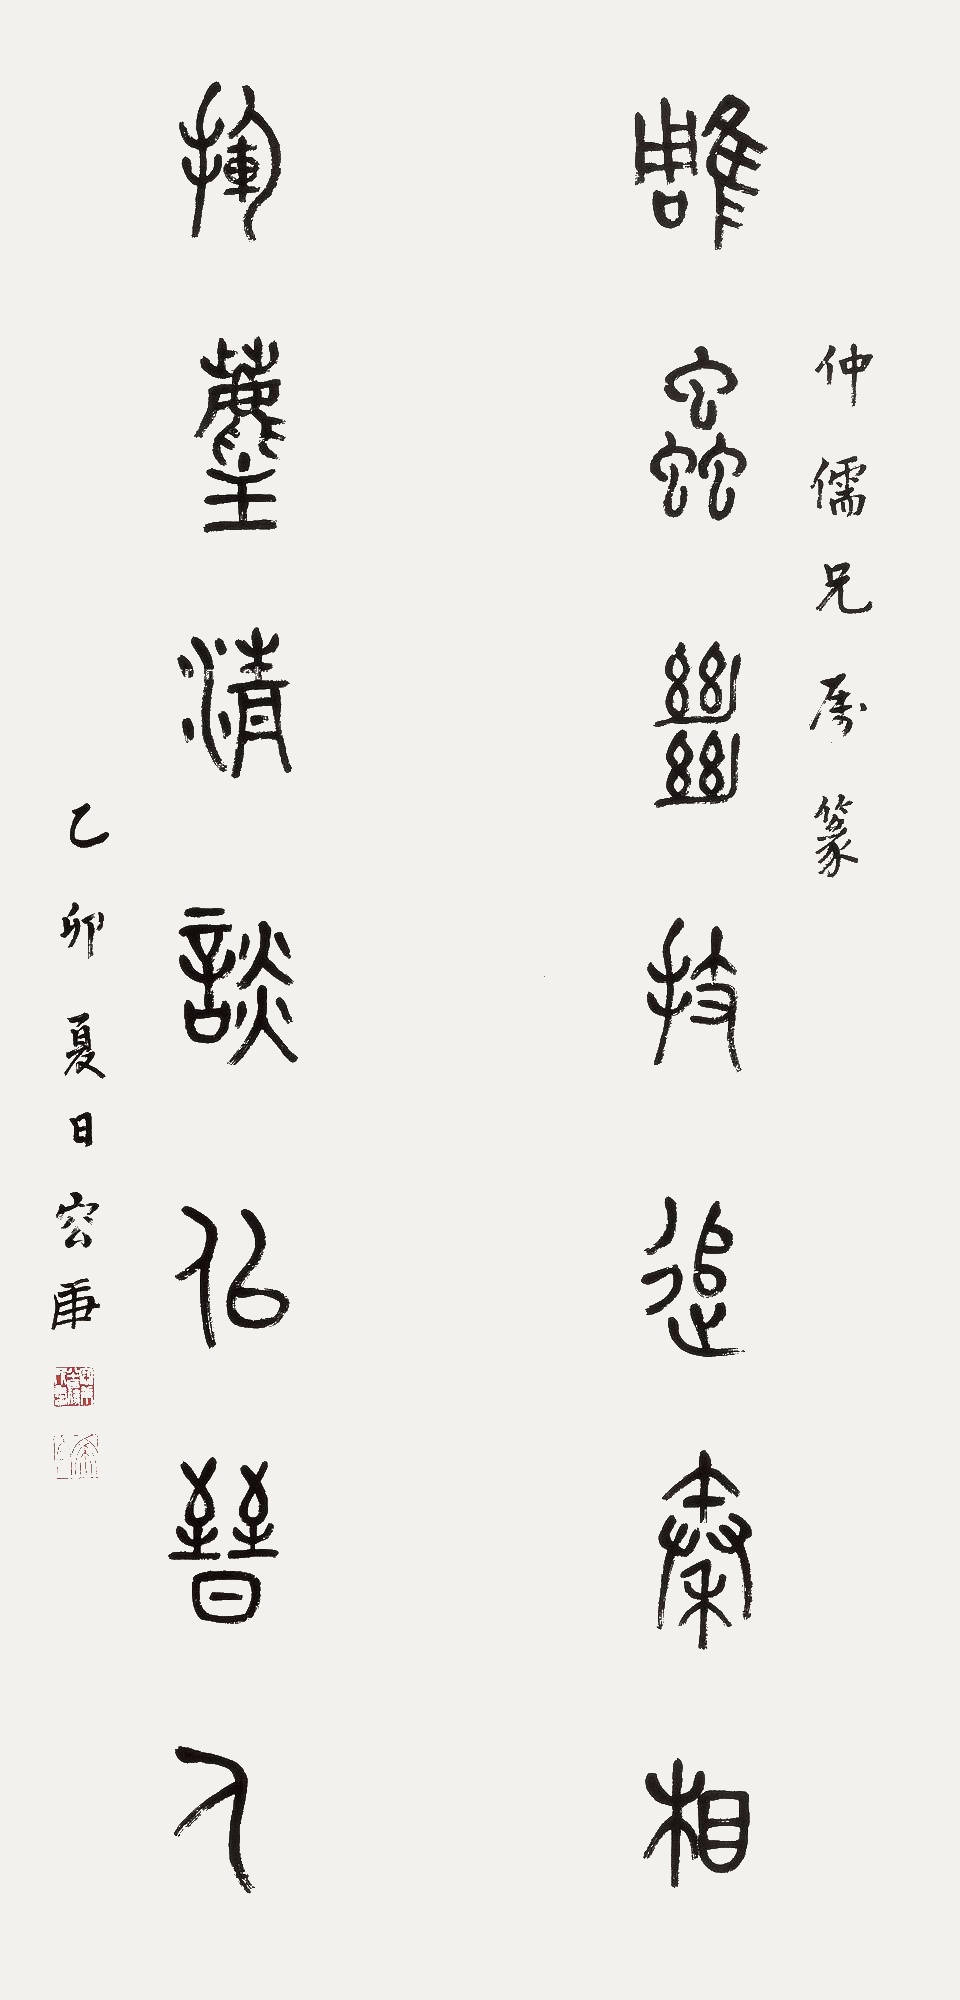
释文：雕虫绝技追秦相，挥尘清谈似晋人。仲儒仁兄属篆。乙卯夏日，容庚。